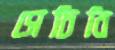
সেচিবি